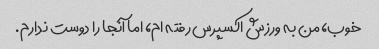
خوب، من به ورزش اکسپرس رفته ام، اما آنجا را دوست ندارم.